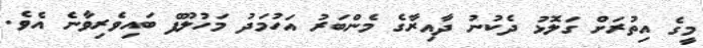
މީގެ އިތުރަށް ގަލޮޅު ދެކުނު ދާއިރާގެ މެންބަރު އަހުމަދު މަހުލޫފް ބައިވެރިވާނެ އެވެ.